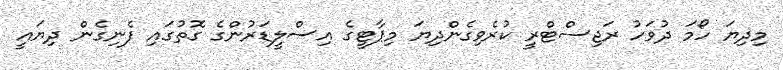
މިދިޔަ ހޯމަ ދުވަހު ރަޖިސްޓްރީ ކުރެވިގެންދިޔަ މިޕާޓީގެ އިސްލީޑަރުންގެ ގޮތުގައި ފެނިގެން ދިޔައީ